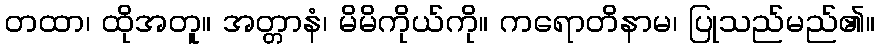
တထာ၊ ထိုအတူ။ အတ္တာနံ၊ မိမိကိုယ်ကို။ ကရောတိနာမ၊ ပြုသည်မည်၏။